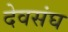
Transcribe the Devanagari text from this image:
देवसंघ